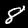
Digit: 8